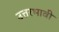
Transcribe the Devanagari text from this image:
उत्तरभावी